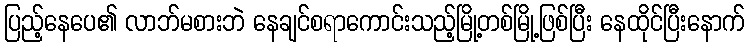
ပြည့်နေပေ၏ လာဘ်မစားဘဲ နေချင်စရာကောင်းသည့်မြို့တစ်မြို့ဖြစ်ပြီး နေထိုင်ပြီးနောက်